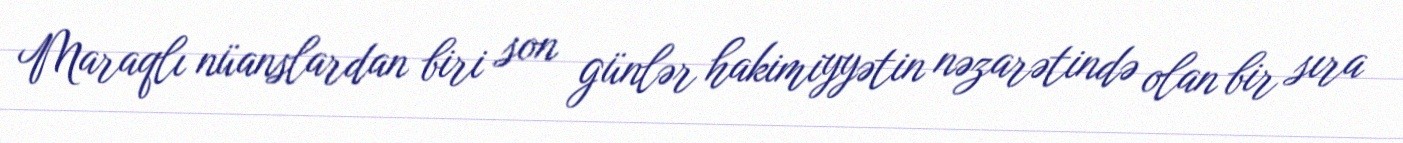
Maraqlı nüanslardan biri son günlər hakimiyyətin nəzarətində olan bir sıra